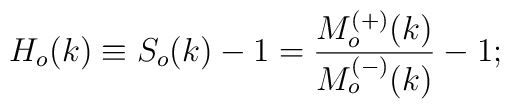
H_o(k)\equiv S_o(k)-1=\frac{M^{(+)}_o(k)}{M^{(-)}_o(k)}-1;